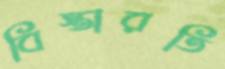
বিস্তারতি